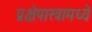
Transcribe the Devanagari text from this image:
प्रक्षेपास्त्रामध्ये